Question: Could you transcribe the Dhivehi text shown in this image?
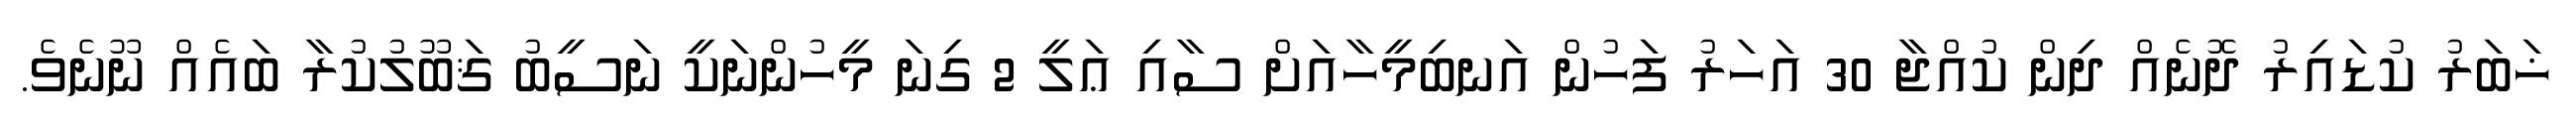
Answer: ޚަބަރު ކުޑައިރު ދޮނެއް ދިން ކުއްޖާ 30 އަހަރު ފަހުން އަނބިމީހާއަށް ސާއި ޢަލީ 2 ގިނަ މީހުންނަކީ ނަސީބު ޤަބޫލުކުރާ ބައެއް ނޫނެވެ.